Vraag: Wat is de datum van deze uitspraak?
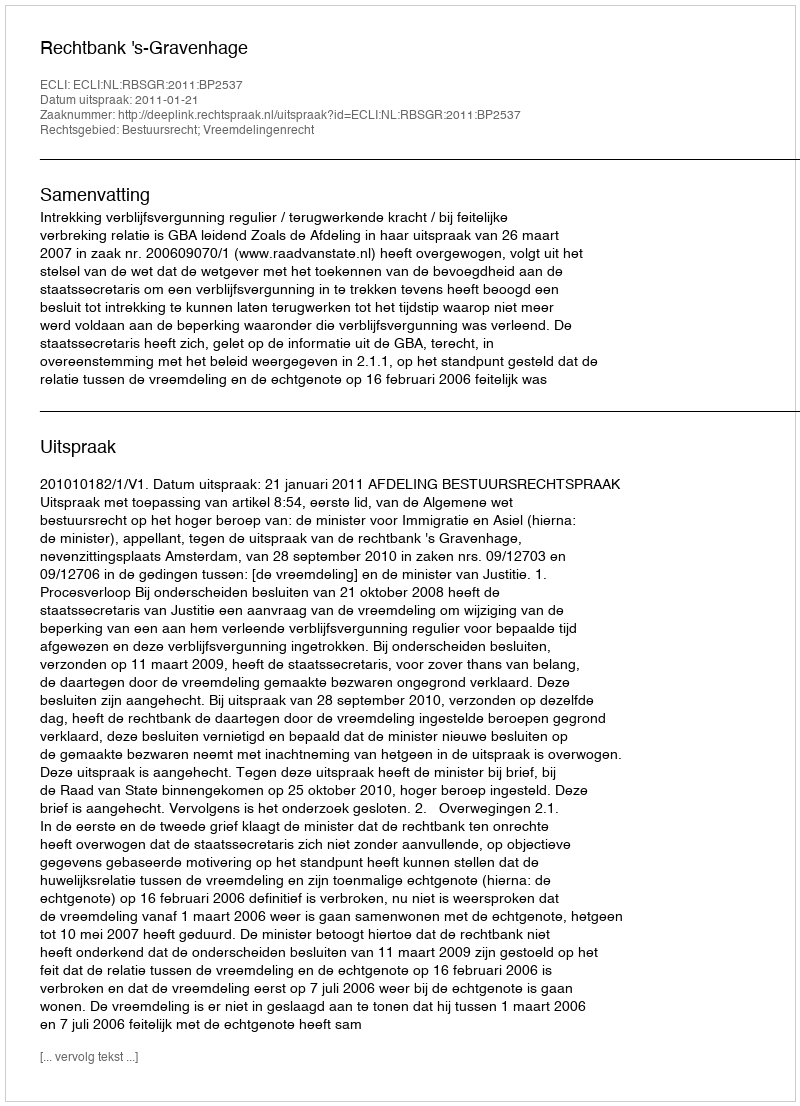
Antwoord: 2011-01-21